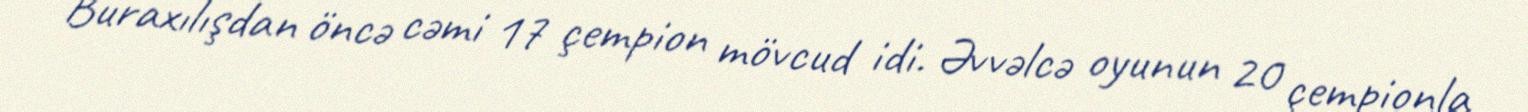
Buraxılışdan öncə cəmi 17 çempion mövcud idi. Əvvəlcə oyunun 20 çempionla